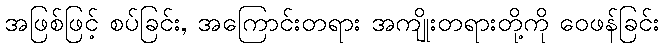
အဖြစ်ဖြင့် စပ်ခြင်း, အကြောင်းတရား အကျိုးတရားတို့ကို ဝေဖန်ခြင်း